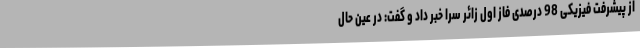
از پیشرفت فیزیکی 98 درصدی فاز اول زائر سرا خبر داد و گفت: در عین حال